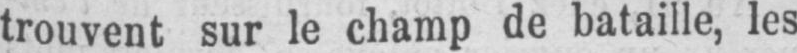
trouvent sur le champ de bataille, les